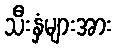
သီးနှံများအား